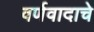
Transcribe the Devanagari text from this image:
वर्णवादाचे